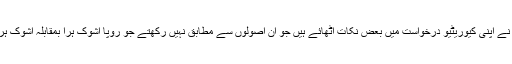
سپریم کورٹ نے کہاکہ درخواست گذار نے اپنی کیوریٹیو درخواست میں بعض نکات اٹھائے ہیں جو اُن اصولوں سے مطابق نہیں رکھتے جو روپا اشوک ہرّا بمقابلہ اشوک ہرّا کے مقدمہ میں متعین کئے گئے تھے۔